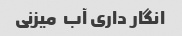
انگار داری آب  میزنی